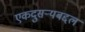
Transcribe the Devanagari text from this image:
एकदुसर्‍यबद्दल